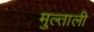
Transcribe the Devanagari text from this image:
मुल्ताली